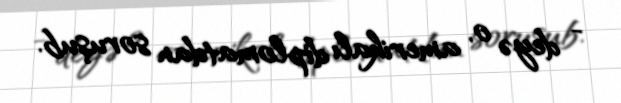
- deyə o, amerikalı diplomatdan soruşub.